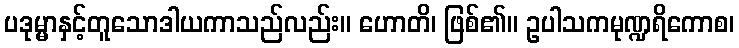
ပဒုမ္မာနှင့်တူသောဒါယကာသည်လည်း။ ဟောတိ၊ ဖြစ်၏။ ဥပါသကမုဏ္ဍရိကောစ၊